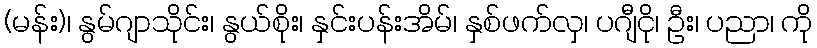
(မန်း)၊ နွမ်ဂျာသိုင်း၊ နွယ်စိုး၊ နှင်းပန်းအိမ်၊ နှစ်ဖက်လှ၊ ပဂျီငို၊ ဦး၊ ပညာ၊ ကို